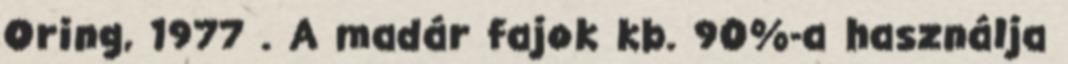
Oring, 1977 . A madár fajok kb. 90%-a használja